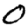
Digit: 0